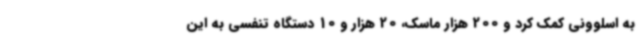
به اسلوونی کمک کرد و 200 هزار ماسک، 20 هزار و 10 دستگاه تنفسی به این